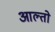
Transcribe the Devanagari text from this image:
आल्तो